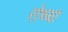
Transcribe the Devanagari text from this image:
रोच्या